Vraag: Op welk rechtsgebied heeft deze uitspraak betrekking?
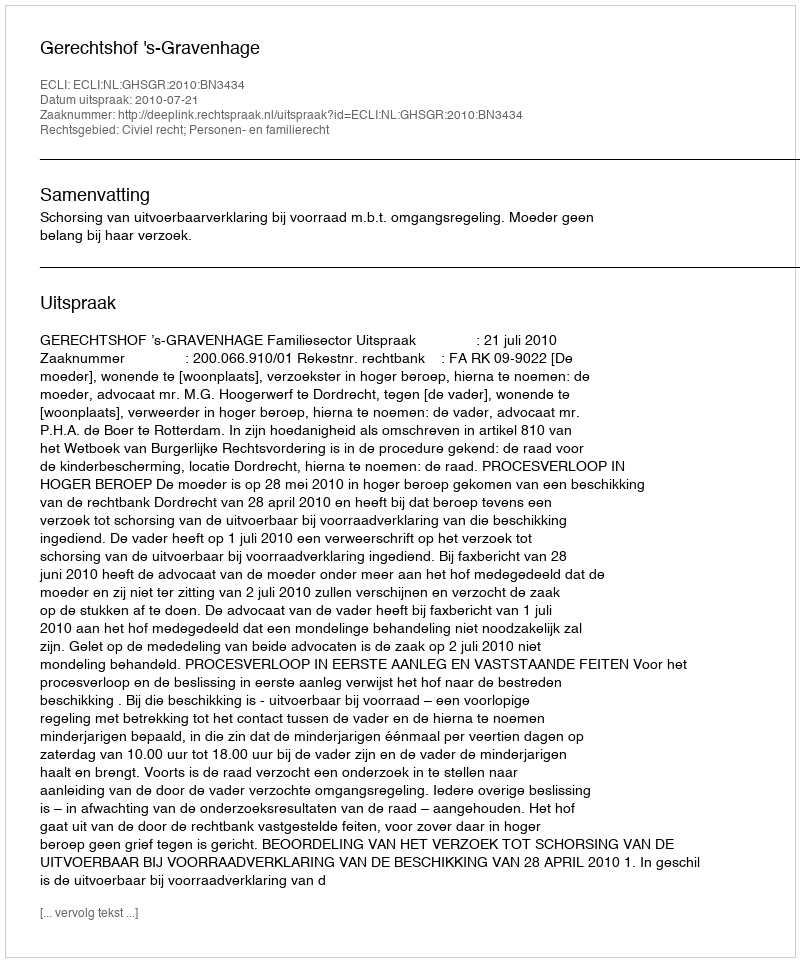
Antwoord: Civiel recht; Personen- en familierecht